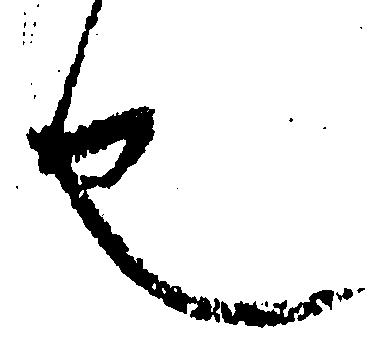
也